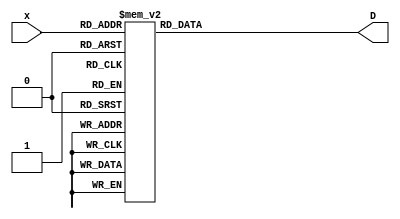
module decoder(x, D);

input [2:0] x;
output [7:0] D;

reg [7:0] D;

always @(*) begin
    D = #1 8'h00;
    case (x)
        3'h0: D = 8'h01;
        3'h1: D = 8'h02;
        3'h2: D = 8'h04;
        3'h3: D = 8'h08;
        3'h4: D = 8'h10;
        3'h5: D = 8'h20;
        3'h6: D = 8'h40;
        3'h7: D = 8'h80;
    endcase
    
end


endmodule